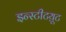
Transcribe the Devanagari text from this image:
इन्स्टीटय़ूट